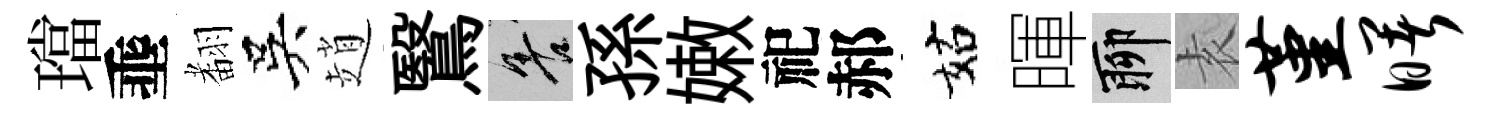
璫埀𮋒吳趙鷖善孫嫩祀郝姑暉聊𡊮堇曙